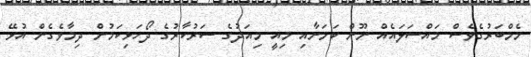
މެމްބަރުގެވެސް މައްސަލައެއް ނޫން ކަމަށާއި މިއީ މިއަދުގެ ސަރުކާރުގެ ދޯހަޅިކަމުން ދިމާވެގެން އުޅޭ